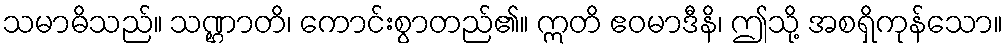
သမာဓိသည်။ သဏ္ဌာတိ၊ ကောင်းစွာတည်၏။ ဣတိ ဧဝမာဒီနိ၊ ဤသို့ အစရှိကုန်သော။